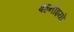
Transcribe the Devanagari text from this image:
बहनोइयों